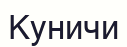
Куничи